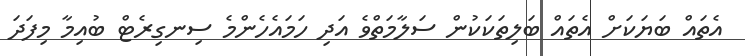
އެތައް ބަޔަކަށް އެތައް ބަލިތަކަކުން ސަލާމަތްވެ އަދި ހަމައެހެންމެ ސިނގިރެޓް ބުއިމާ މިފަދަ